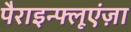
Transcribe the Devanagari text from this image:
पैराइन्फ्लूएंज़ा